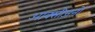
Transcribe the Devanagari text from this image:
आक्सीजनों